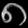
Digit: ၈